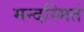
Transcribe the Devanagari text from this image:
मन्दस्मितं